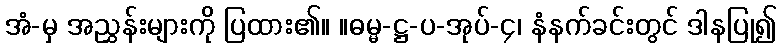
အံ-မှ အညွှန်းများကို ပြထား၏။ ။ဓမ္မ-ဋ္ဌ-ပ-အုပ်-၄၊ နံနက်ခင်းတွင် ဒါနပြု၍